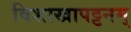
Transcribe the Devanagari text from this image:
विशाखापट्टनम्